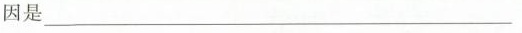
因是___